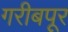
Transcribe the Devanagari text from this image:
गरीबपूर